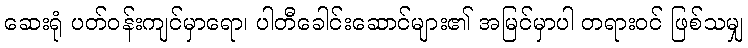
ဆေးရုံ ပတ်ဝန်းကျင်မှာရော၊ ပါတီခေါင်းဆောင်များ၏ အမြင်မှာပါ တရားဝင် ဖြစ်သမျှ